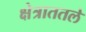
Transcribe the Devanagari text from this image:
क्षेत्राततले